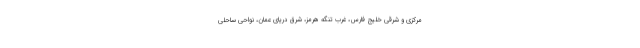
مرکزی و شرقی خلیج فارس، غرب تنگه هرمز، شرق دریای عمان، نواحی ساحلی